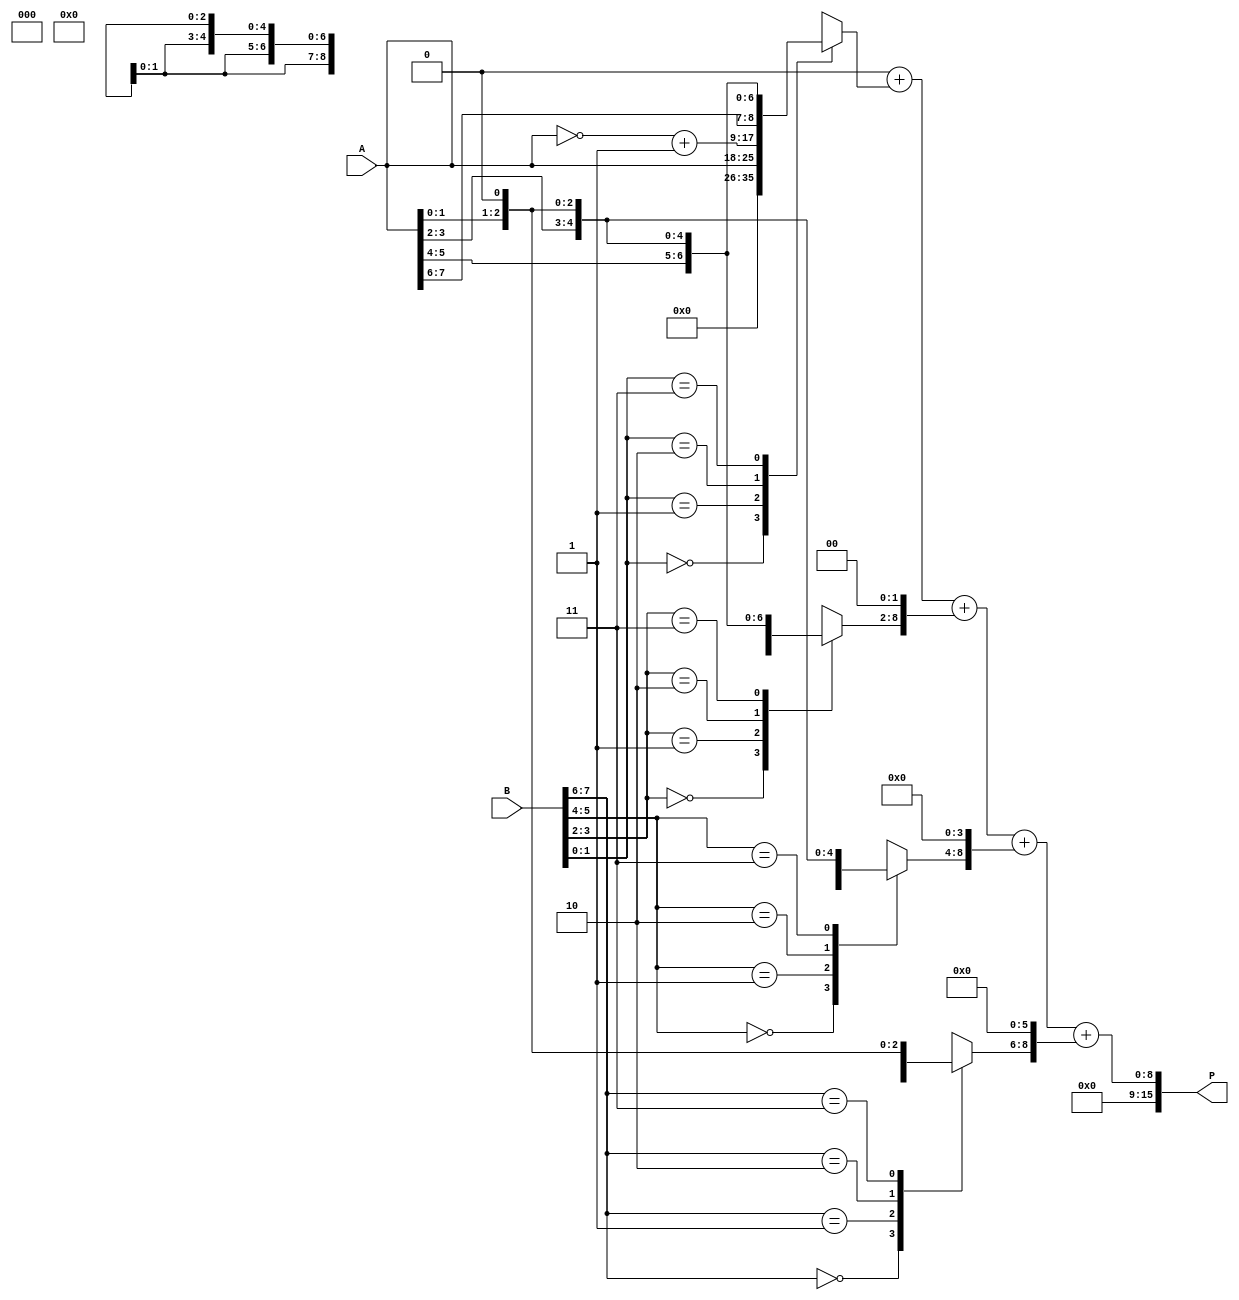
module radix4_multiplier #(parameter N = 8) (
    input  wire [N-1:0] A,   // Multiplicand
    input  wire [N-1:0] B,   // Multiplier
    output wire [2*N-1:0] P  // Product
);
    // Internal signals
    reg [N-1:0] A_reg;
    reg [N:0] partial_products [0:N-1]; // Array to hold partial products
    reg [N:0] sum;                      // Sum of partial products
    reg [N:0] PP;                       // Current partial product
    reg [N-1:0] B_reg;                  // Register for multiplier
    reg [N-1:0] B_reg_next;             // Next state of multiplier
    reg [N-1:0] A_shifted;              // Shifted A for partial product
    integer i;

    // Initialize registers
    initial begin
        A_reg = 0;
        B_reg = 0;
        sum = 0;
        PP = 0;
    end
    
    // Booth's encoding and partial product generation
    always @(*) begin
        A_reg = A;
        B_reg = B;
        sum = 0;

        // Booth's algorithm
        for (i = 0; i < N; i = i + 2) begin
            case ({B_reg[i+1], B_reg[i]})
                2'b00: PP = 0;                      // No partial product
                2'b01: PP = A_reg;                 // Partial product is A
                2'b10: PP = ~A_reg + 1;            // Partial product is -A
                2'b11: PP = {A_reg, 1'b0};          // Partial product is 2A
                default: PP = 0;
            endcase

            // Shift the partial product according to position
            partial_products[i/2] = PP << i; // Shift left by i positions
            sum = sum + partial_products[i/2]; // Accumulate the partial products
        end
    end

    // Assign the final product
    assign P = sum;

endmodule